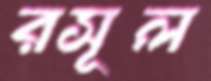
রসূল